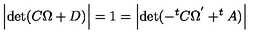
\Bigl | \mathrm { d e t } ( C \Omega + D ) \Bigr | = 1 = \Bigl | \mathrm { d e t } ( - ^ { t } C \Omega ^ { ' } + ^ { t } A ) \Bigr |